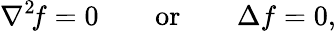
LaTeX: \nabla^{2}\! f=0\qquad{\mathrm{or}}\qquad\Delta f=0,